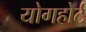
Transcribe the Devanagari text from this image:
योगहोर्ट